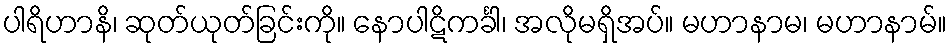
ပါရိဟာနိ၊ ဆုတ်ယုတ်ခြင်းကို။ နောပါဋိကင်္ခါ၊ အလိုမရှိအပ်။ မဟာနာမ၊ မဟာနာမ်။